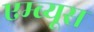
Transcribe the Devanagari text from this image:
एम्ब्यूस